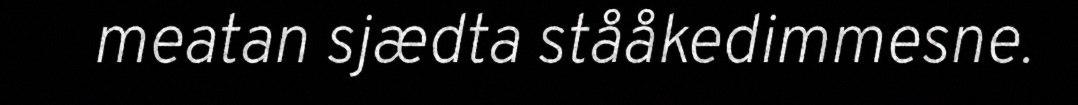
meatan sjædta stååkedimmesne.